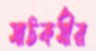
মাঠকর্মীর